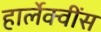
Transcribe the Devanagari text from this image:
हार्लेक्वींस